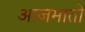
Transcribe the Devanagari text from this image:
आजमाती